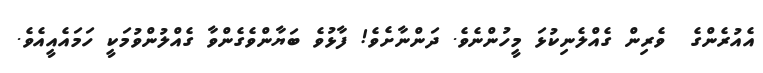
އެއުރެންގެ  ވެރިން ގެއްލެނިކުޅަ މީހުންނެވެ. ދަންނާށެވެ! ފާޅުވެ ބަޔާންވެގެންވާ ގެއްލުންވުމަކީ ހަމައެއީއެވެ.